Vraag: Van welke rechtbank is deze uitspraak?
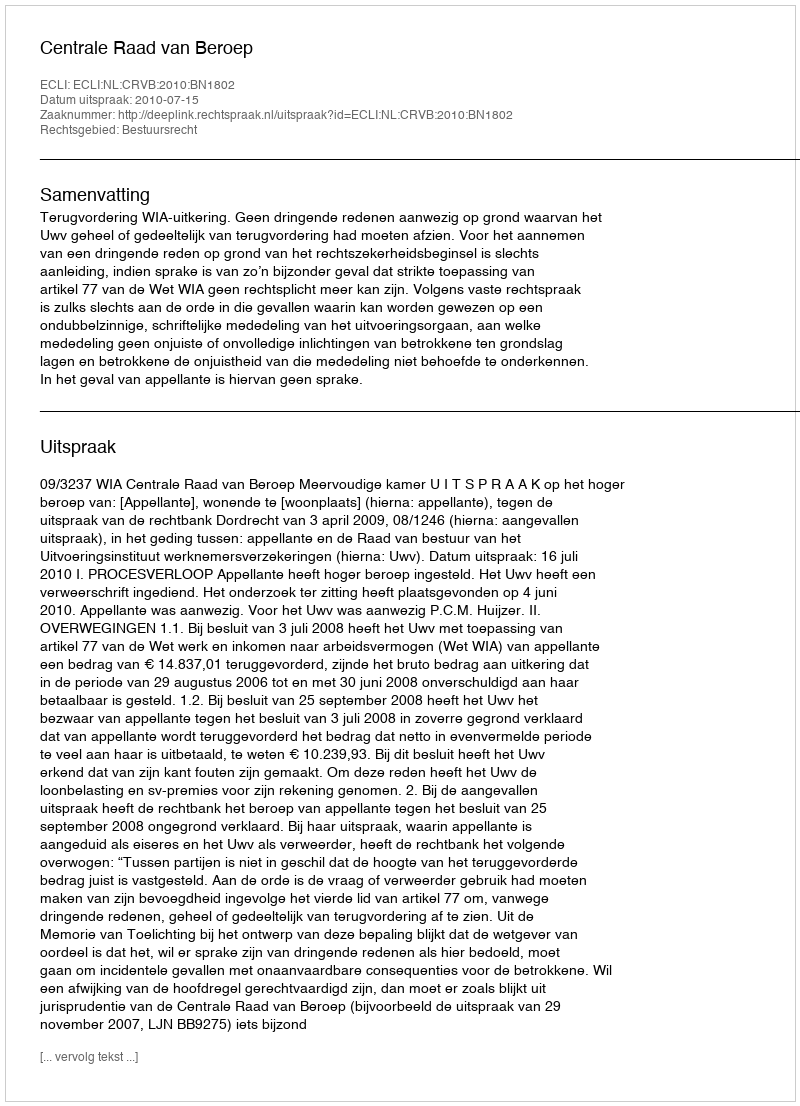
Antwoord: Centrale Raad van Beroep